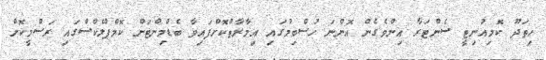
ހިތަދޫ ކޮމިއުނިޓީ ސެންޓަރާ އިންވެގެން އޮންނަ ހުސްބިމުގައި އިމާރާތްކޮށްފައިވާ ބެޑްމިންޓަން ކޮމްޕްލެކްސްގައި ރަސްމީކޮށް